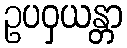
ဥပဝှယန္တာ